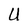
Character: U